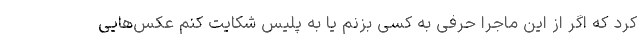
کرد که اگر از این ماجرا حرفی به کسی بزنم یا به پلیس شکایت کنم عکس‌هایی